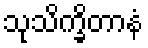
သုသိက္ခိတာနံ